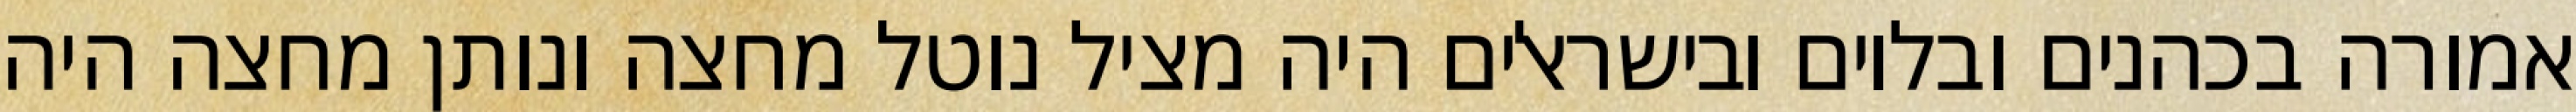
אמורה בכהנים ובלוים ובישראלים היה מציל נוטל מחצה ונותן מחצה היה